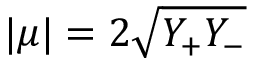
| \mu | = 2 \sqrt { Y _ { + } Y _ { - } }